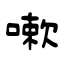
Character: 嗽